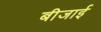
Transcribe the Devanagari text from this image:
बीजाई